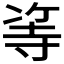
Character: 𠗭